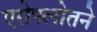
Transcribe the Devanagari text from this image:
एरोफ्लोतने